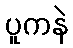
ပူကနဲ